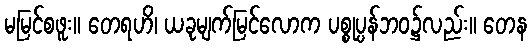
မမြင်စဖူး။ တေရဟိ၊ ယခုမျက်မြင်လောက ပစ္စုပ္ပန်ဘဝ၌လည်း။ တေန